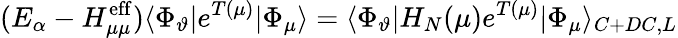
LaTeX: (E_{\alpha}-H_{\mu\mu}^{\mathrm{eff}})\langle\Phi_{\vartheta}|e^{T(\mu)}|\Phi_{\mu}\rangle=\langle\Phi_{\vartheta}|H_{N}(\mu)e^{T(\mu)}|\Phi_{\mu}\rangle_{C+DC,L}